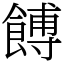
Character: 餺